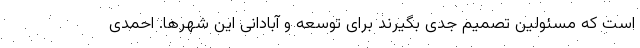
است که مسئولین تصمیم جدی بگیرند برای توسعه و آبادانی این شهرها. احمدی